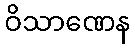
ဝိသာဏေန